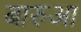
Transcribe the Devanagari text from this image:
बारुआ